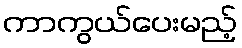
ကာကွယ်ပေးမည့်